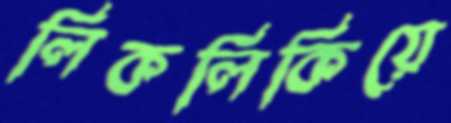
লিকলিকিয়ে